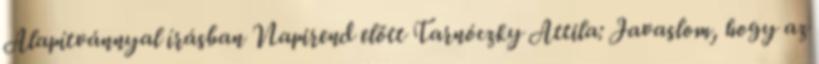
Alapítvánnyal írásban Napirend előtt Tarnóczky Attila: Javaslom, hogy az